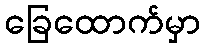
ခြေထောက်မှာ